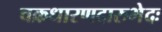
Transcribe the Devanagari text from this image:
चक्रधारणदारुभेदः